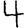
Digit: 4